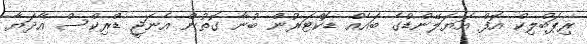
ރިޕަބްލިކް އޮފް އަޔަލޭންޑްގެ ބައެއް ޑޮކްޓަރުން ބުނާ ގޮތުން އެނަޖީ ޑްރިކްސް އާދަޔާ